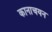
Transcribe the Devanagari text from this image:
कानाचयन